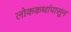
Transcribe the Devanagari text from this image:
लोककथांपासून